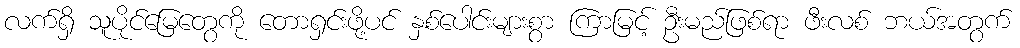
လက်ရှိ သူပိုင်မြေတွေကို တောရှင်းဖို့ပင် နှစ်ပေါင်းများစွာ ကြာမြင့် ဦးမည်ဖြစ်ရာ ဖီးလစ် ဘယ်အတွက်